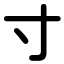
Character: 寸